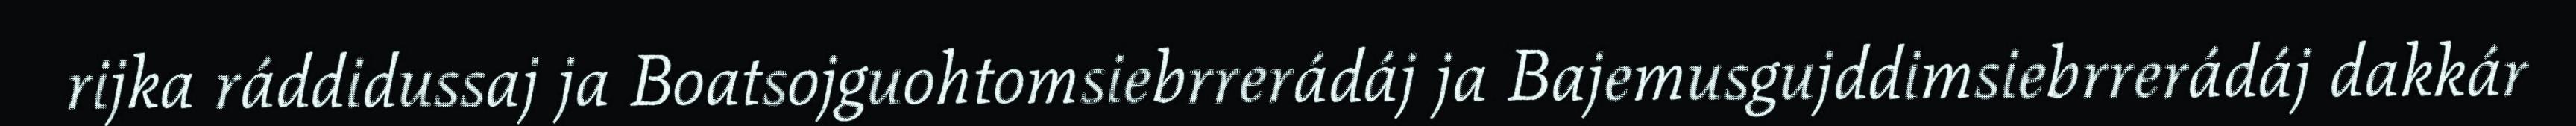
rijka ráddidussaj ja Boatsojguohtomsiebrrerádáj ja Bajemusgujddimsiebrrerádáj dakkár